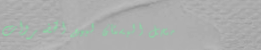
محل البستان لبيع الخضروات